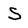
Character: S